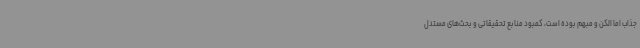
جذاب اما الکن و مبهم بوده است، کمبود منابع تحقیقاتی و بحث‌های مستدل